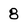
Character: 8